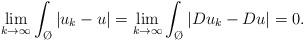
LaTeX: \begin{align*}\lim_{k \to \infty} \int_{\O}|u_k -u|= \lim_{k \to \infty} \int_{\O}|Du_k - Du|=0. \end{align*}